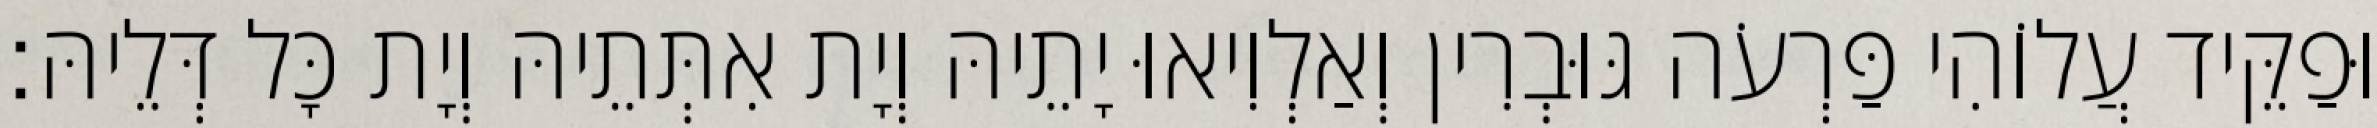
וּפַקֵּיד עֲלוֹהִי פַּרְעֹה גּוּבְרִין וְאַלְוִיאוּ יָתֵיהּ וְיָת אִתְּתֵיהּ וְיָת כָּל דְּלֵיהּ׃